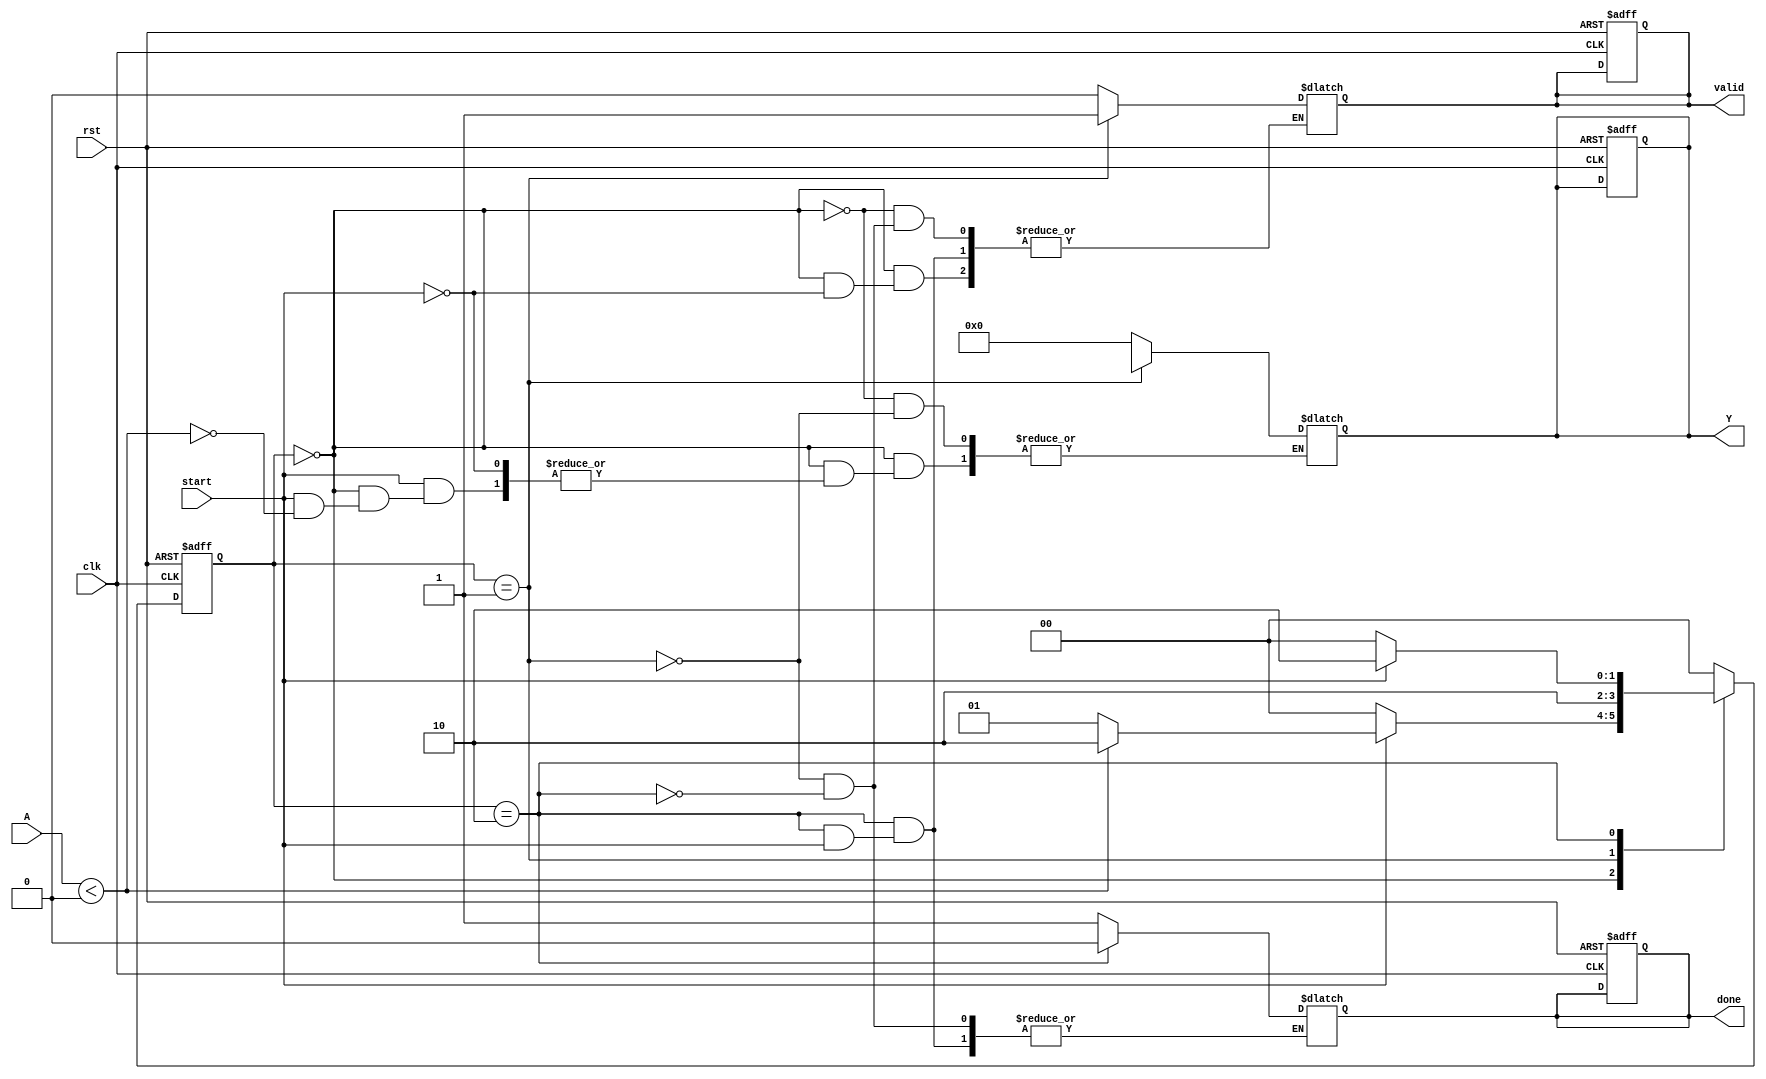
module acosh(
    input wire clk,
    input wire rst,
    input wire start,
    input wire [N-1:0] A,      // Input data
    output reg [M-1:0] Y,      // Output data
    output reg valid,           // Output valid signal
    output reg done             // Done signal
);
    parameter N = 32;           // Input data width
    parameter M = 32;           // Output data width
    parameter IDLE = 2'b00,     // State definitions
              COMPUTING = 2'b01,
              DONE = 2'b10;
    
    reg [1:0] state, next_state;
    reg [N-1:0] sqrt_part;      // Placeholder for square root value
    reg [N-1:0] log_part;       // Placeholder for logarithm value

    // State machine for control
    always @(posedge clk or posedge rst) begin
        if (rst) begin
            state <= IDLE;
            valid <= 0;
            done <= 0;
            Y <= 0;
        end else begin
            state <= next_state;
        end
    end

    // Next state logic
    always @(*) begin
        case (state)
            IDLE: begin
                if (start) begin
                    if (A < 32'b1_0000_0000_0000_0000_0000_0000_0000_0000) begin // Check if A < 1
                        valid = 0;
                        Y = 32'b0; // Error output
                        next_state = DONE;
                    end else begin
                        valid = 0;
                        next_state = COMPUTING;
                    end
                end else begin
                    next_state = IDLE;
                end
            end
            COMPUTING: begin
                // Placeholder for computing the sqrt and log parts
                sqrt_part = sqrt(A * A - 32'b1); // Calculate sqrt(A^2 - 1)
                log_part = log(A + sqrt_part);   // Calculate log(A + sqrt_part)
                
                Y = log_part;                     // Set output Y
                valid = 1;                        // Mark output as valid
                done = 1;                         // Indicate done
                next_state = DONE;
            end
            DONE: begin
                // Wait for next start signal
                if (!start) begin
                    done = 0;
                    valid = 0;
                    next_state = IDLE;
                end else begin
                    next_state = DONE;
                end
            end
            default: next_state = IDLE;
        endcase
    end

    // Placeholder for logarithm and square root calculations
    function [N-1:0] log(input [N-1:0] x);
        // Implement logarithm calculation (could be CORDIC or lookup table)
    endfunction

    function [N-1:0] sqrt(input [N-1:0] x);
        // Implement square root calculation (could be CORDIC or lookup table)
    endfunction

endmodule